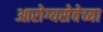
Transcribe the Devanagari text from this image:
आरोग्यसेवेच्या